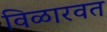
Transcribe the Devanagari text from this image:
विळारवत